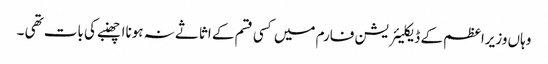
وہاں وزیراعظم کے ڈیکلیئریشن فارم میں کسی قسم کے اثاثے نہ ہونااچھنبے کی بات تھی ۔